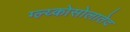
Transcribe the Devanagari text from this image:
ग्ल्य्कोसोलातेद